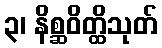
၃၊ နိစ္ဆဝိတ္ထိသုတ်